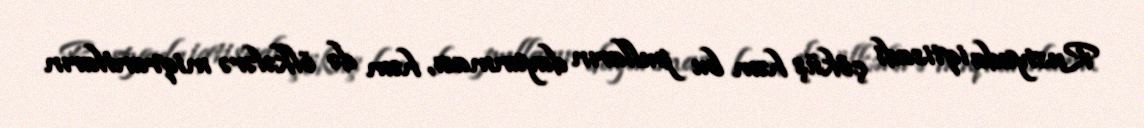
Rusiyada iqtisadi çöküş həm bu pulların dayanması, həm də ölkələrə miqrantların